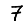
Digit: 7